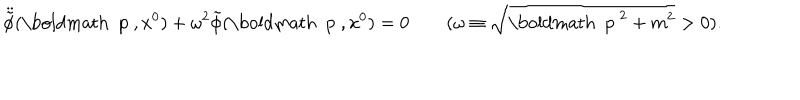
\ddot { \tilde { \phi } } ( \mathrm { \boldmath ~ p ~ } , x ^ { 0 } ) + \omega ^ { 2 } \tilde { \phi } ( \mathrm { \boldmath ~ p ~ } , x ^ { 0 } ) = 0 \qquad ( \omega \equiv \sqrt { \mathrm { \boldmath ~ p ~ } ^ { 2 } + m ^ { 2 } } > 0 ) .